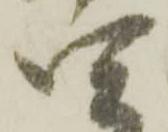
四